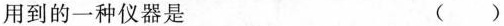
用到的一种仪器是 ()